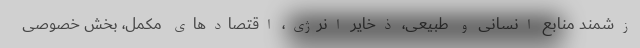
زشمندِ منابع انسانی و طبیعی، ذخایر انرژی، اقتصادهای مکمل، بخش خصوصی